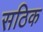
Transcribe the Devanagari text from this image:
सठिक